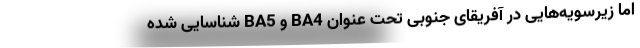
اما زیرسویه‌هایی در آفریقای جنوبی تحت عنوان BA4 و BA5 شناسایی شده